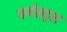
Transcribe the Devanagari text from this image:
पर्णसदृश